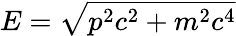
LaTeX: E={\sqrt{p^{2}c^{2}+m^{2}c^{4}}}